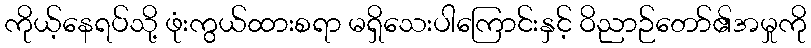
ကိုယ့်နေရပ်သို့ ဖုံးကွယ်ထားစရာ မရှိသေးပါကြောင်းနှင့် ဝိညာဉ်တော်၏အမှုကို